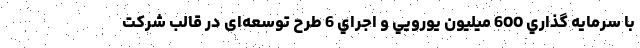
با سرمايه گذاري 600 ميليون يورویي و اجراي 6 طرح توسعه‌ای در قالب شركت